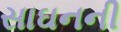
સાઘનની